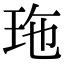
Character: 𤤩